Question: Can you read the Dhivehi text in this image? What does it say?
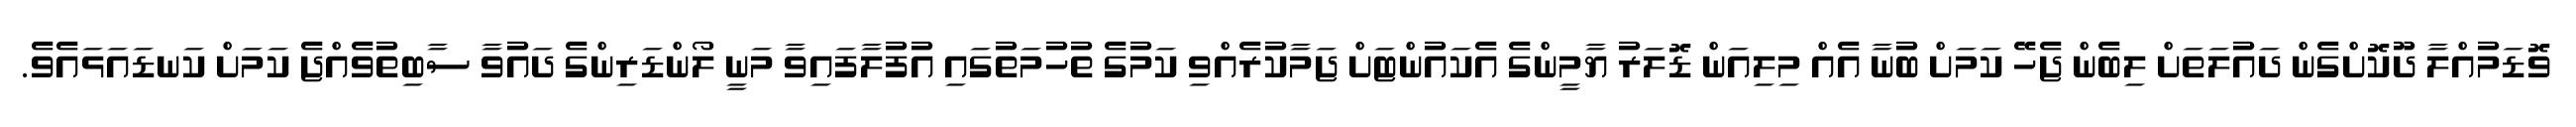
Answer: ވޮޑަމުއްލާ ދޫކޮށްގެން ދައުލަތަށް ލިބެން ޖެހޭ ކަމަށް ބުނާ އެއް މިލިއަން ޑޮލަރު ޔާމީންގެ އެކައުންޓަށް ޖަމާކުރެއްވި ކަމުގެ ތުހުމަތުގައި އުފުލާފައިވާ މަނީ ލޯންޑަރިންގެ ދައުވާ ސާބިތުވެއްޖެ ކަމަށް ކަނޑައަޅައެވެ.